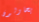
يحاولون